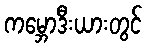
ကမ္ဘောဒီးယားတွင်